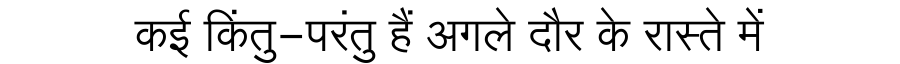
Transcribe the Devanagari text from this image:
कई किंतु-परंतु हैं अगले दौर के रास्ते में